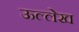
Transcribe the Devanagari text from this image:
ऊल्लेख